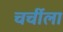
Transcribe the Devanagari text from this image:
चर्चीला